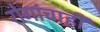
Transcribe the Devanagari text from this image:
रोगांचाही